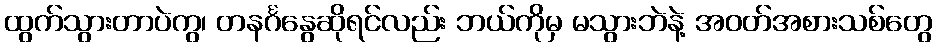
ထွက်သွားတာပဲကွ၊ တနင်္ဂနွေဆိုရင်လည်း ဘယ်ကိုမှ မသွားဘဲနဲ့ အဝတ်အစားသစ်တွေ